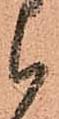
候